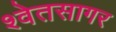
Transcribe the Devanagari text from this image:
श्वेतसागर